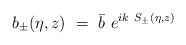
\begin{align*}b_{\pm} (\eta,z) ~=~ \bar{b} ~ e^{i k~ S_{\pm} (\eta,z)}\end{align*}